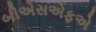
બીએસએફએ